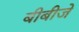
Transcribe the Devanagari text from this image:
बीबीजे